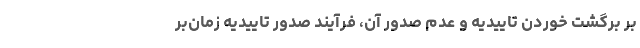
بر برگشت خوردن تاییدیه و عدم صدور آن، فرآیند صدور تاییدیه زمان‌بر